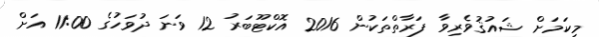
މިކަމަށް ޝައުޤުވެރިވާ ފަރާތްތަކުން 2016 އޮކްޓޫބަރު 12 ވަނަ ދުވަހުގެ 11:00 އަށް